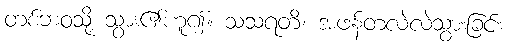
တစ်ဘဝသို့ သွား၏ဟူ၍။ သံသရတိ၊ အဖန်တလဲလဲသွားခြင်း